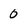
Character: 0